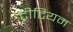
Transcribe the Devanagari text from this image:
ट्रीटियम